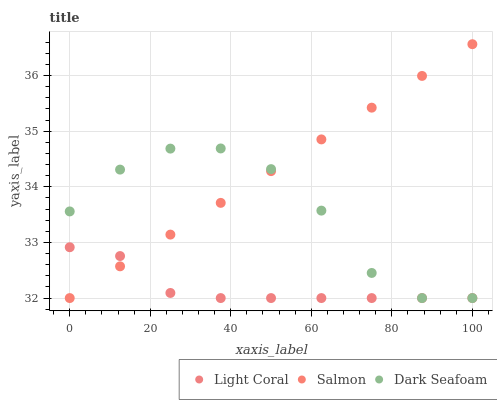
| xaxis_label | Light Coral | Salmon | Dark Seafoam |
 | --- | --- | --- | --- |
 | 0 | 32.9 | 32 | 33.6 |
 | 12.5 | 32.8 | 32.6 | 34.3 |
 | 25 | 32.1 | 33.1 | 34.7 |
 | 37.5 | 32 | 33.7 | 34.7 |
 | 50 | 32 | 34.3 | 34.3 |
 | 62.5 | 32 | 34.9 | 33.6 |
 | 75 | 32 | 35.4 | 32.5 |
 | 87.5 | 32 | 36 | 32 |
 | 100 | 32 | 36.6 | 32 |